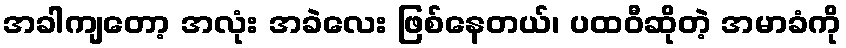
အခါကျတော့ အလုံး အခဲလေး ဖြစ်နေတယ်၊ ပထဝီဆိုတဲ့ အမာခံကို